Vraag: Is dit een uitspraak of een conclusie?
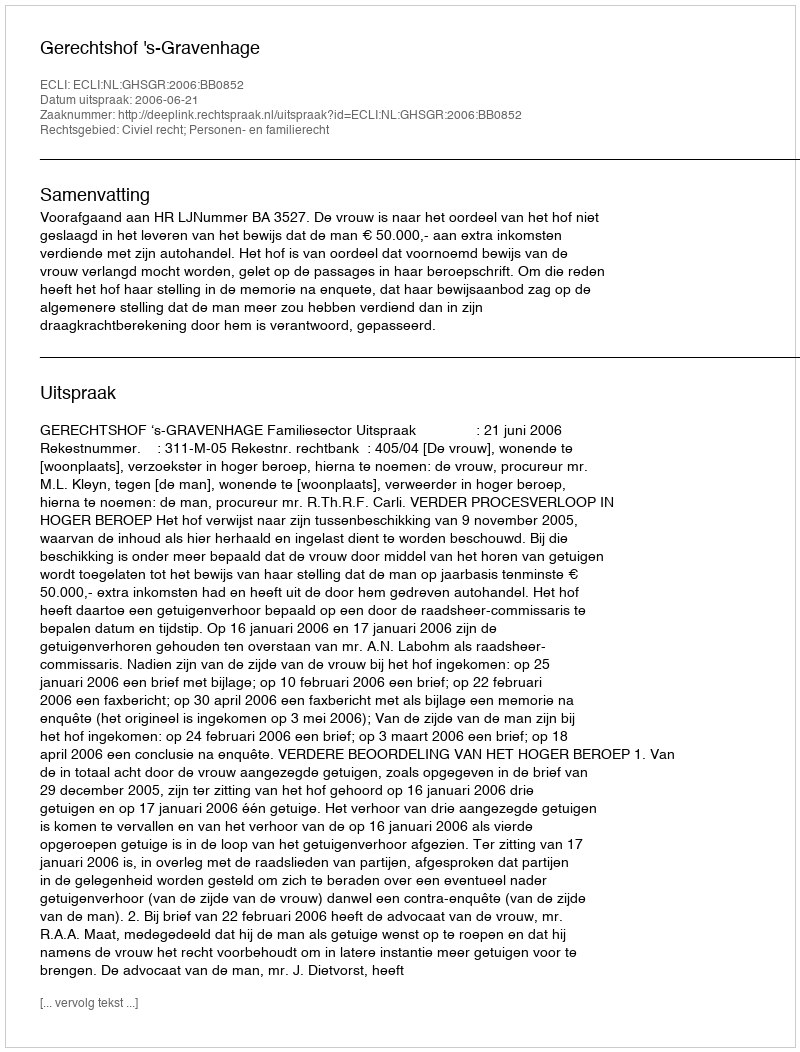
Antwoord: Uitspraak